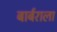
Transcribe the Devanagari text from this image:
बार्बराला